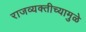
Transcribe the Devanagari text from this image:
राजव्यक्तीच्यामुळे